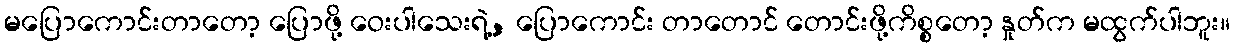
မပြောကောင်းတာတော့ ပြောဖို့ ဝေးပါသေးရဲ့, ပြောကောင်း တာတောင် တောင်းဖို့ကိစ္စတော့ နှုတ်က မထွက်ပါဘူး။